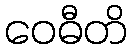
ဝေဓီတိ